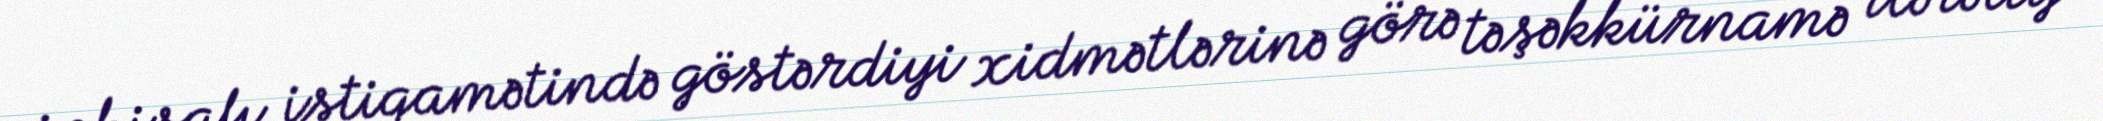
inkişafı istiqamətində göstərdiyi xidmətlərinə görə təşəkkürnamə ilə təltif